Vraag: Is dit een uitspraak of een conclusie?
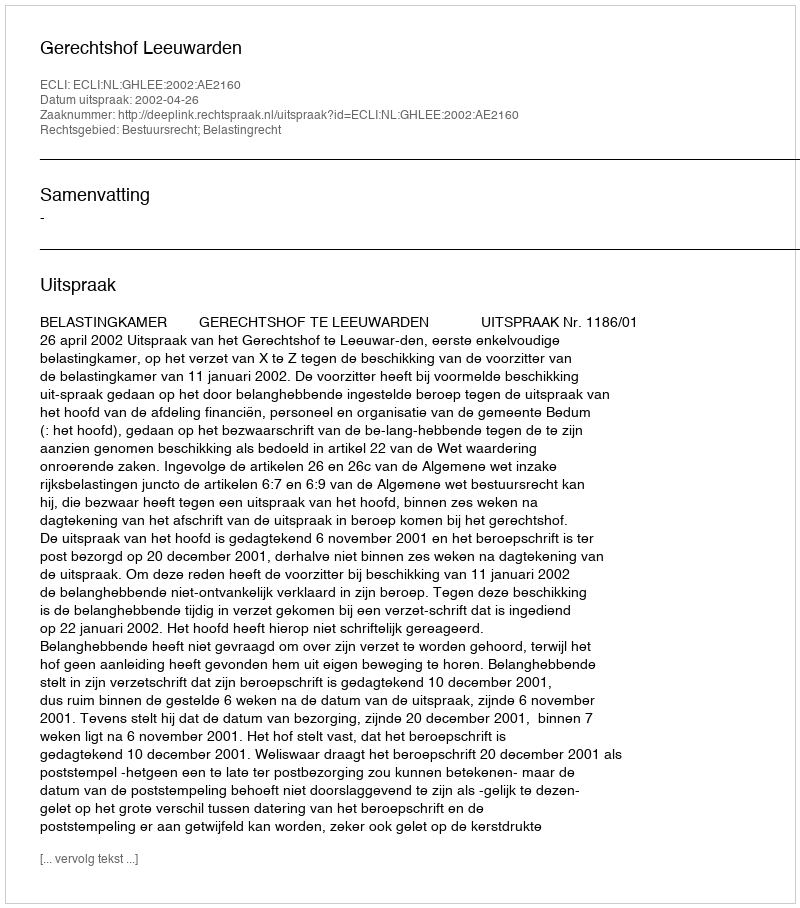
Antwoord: Uitspraak